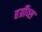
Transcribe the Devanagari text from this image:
हर्ग्रीव्स